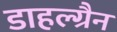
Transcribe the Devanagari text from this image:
डाहल्ग्रैन